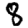
Digit: 8